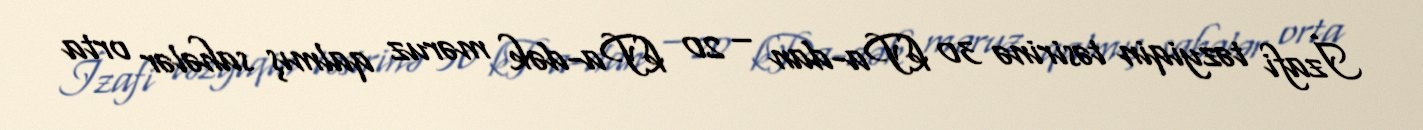
İzafi təzyiqin təsirinə 30 kPa-dan – 20 kPa-dək məruz qalmış sahələr orta